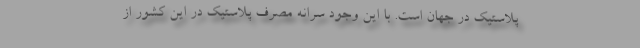
پلاستیک در جهان است. با این وجود سرانه مصرف پلاستیک در این کشور از